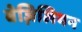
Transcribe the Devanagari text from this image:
बेज़िलियन